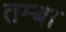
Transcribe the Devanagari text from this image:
तम्बा